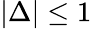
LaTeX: |\Delta|\leq 1